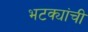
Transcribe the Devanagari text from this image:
भटक्यांची